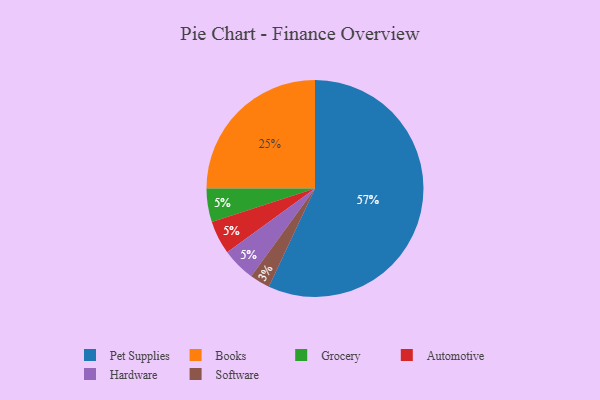
{"axis": {"x": "Category", "y": "Percentage"}, "legend": ["Automotive", "Books", "Grocery", "Hardware", "Pet Supplies", "Software"], "data": [{"x": "Software", "y": 3, "type": "Software"}, {"x": "Pet Supplies", "y": 57, "type": "Pet Supplies"}, {"x": "Grocery", "y": 5, "type": "Grocery"}, {"x": "Automotive", "y": 5, "type": "Automotive"}, {"x": "Books", "y": 25, "type": "Books"}, {"x": "Hardware", "y": 5, "type": "Hardware"}]}